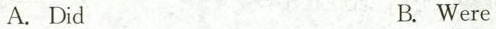
A. Did B. Were